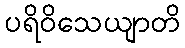
ပရိဝိသေယျာတိ